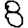
Digit: 8